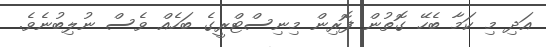
އަދި މި ކަމާ ބެހޭ ގޮތުން ފޮރިން މިނިސްޓްރީގެ ބަހެއް ވެސް ނުލިބުނެވެ.